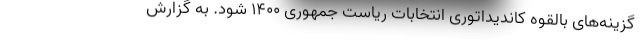
گزینه‌های بالقوه کاندیداتوری انتخابات ریاست جمهوری ۱۴۰۰ شود. به گزارش